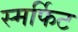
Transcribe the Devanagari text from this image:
स्मर्फिट